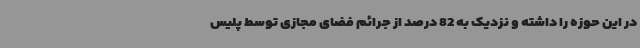
در این حوزه را داشته و نزدیک به 82 درصد از جرائم فضای مجازی توسط پلیس